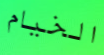
الخيام